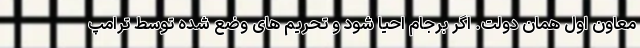
معاون اول همان دولت. اگر برجام احیا شود و تحریم های وضع شده توسط ترامپ